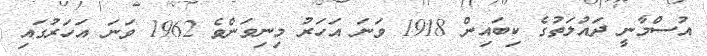
އުސްމާނީ ދައުލަތުގެ ކިބައިން 1918 ވަނަ އަހަރު މިނިވަންވެ 1962 ވަނަ އަހަރުގައި